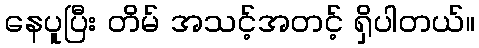
နေပူပြီး တိမ် အသင့်အတင့် ရှိပါတယ်။